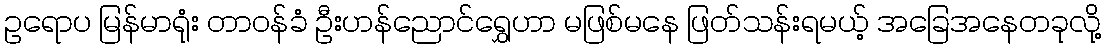
ဥရောပ မြန်မာရုံး တာဝန်ခံ ဦးဟန်ညောင်ရွှေဟာ မဖြစ်မနေ ဖြတ်သန်းရမယ့် အခြေအနေတခုလို့